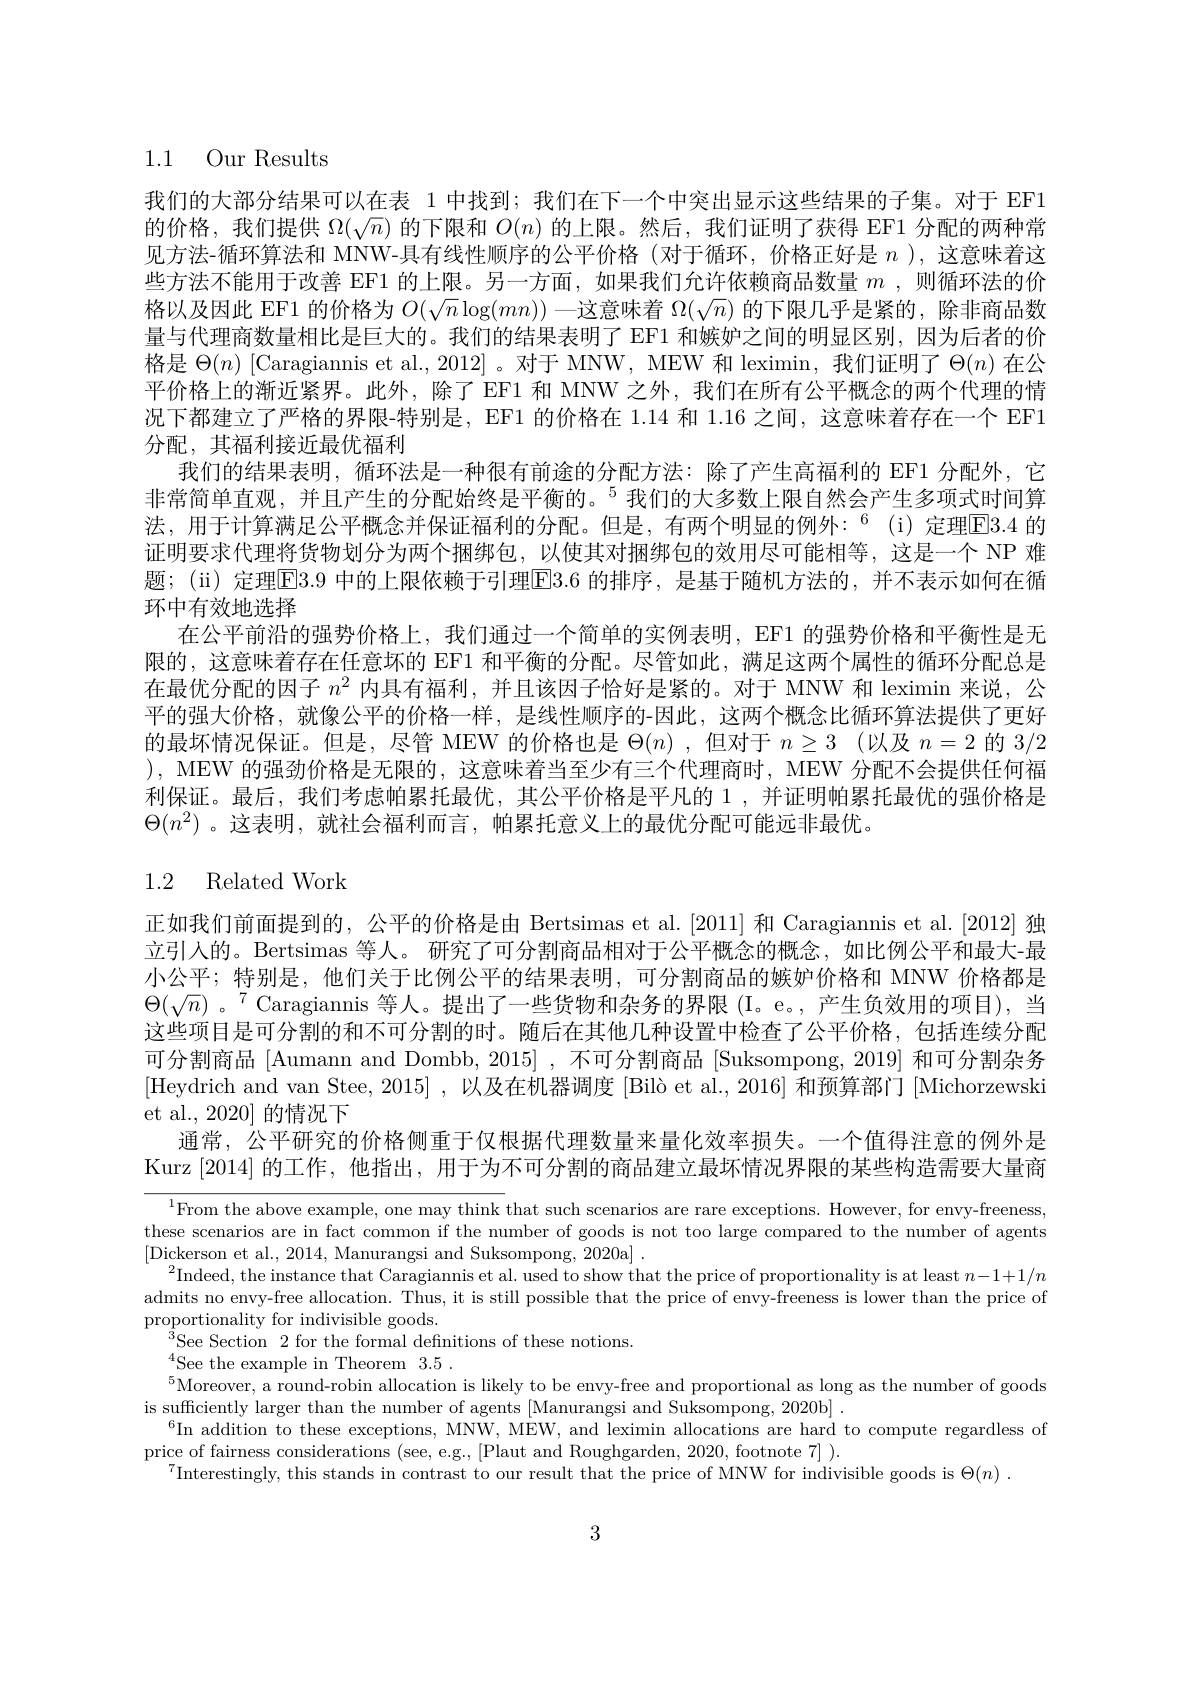
1.1 Our Results

我们的大部分结果可以在表 1 中找到；我们在下一个中突出显示这些结果的子集。对于 EF1的价格，我们提供$\Omega(\sqrt n)$的下限和$O(n)$的上限。然后，我们证明了获得 EF1 分配的两种常见方法-循环算法和 MNW-具有线性顺序的公平价格 (对于循环，价格正好是$n$ ),这意味着这些方法不能用于改善 EF1 的上限。另一方面，如果我们允许依赖商品数量$m$ , 则循环法的价格以及因此 EF1 的价格为$O(\sqrt{n}\log(mn))$一这意味着$\Omega(\sqrt{n})$的下限几乎是紧的，除非商品数量与代理商数量相比是巨大的。我们的结果表明了 EF1 和嫉妒之间的明显区别，因为后者的价格是$\Theta(n)$ [Caragiannis et al., 2012] 。对于 MNW, MEW 和 leximin, 我们证明了$\Theta(n)$在公平价格上的渐近紧界。此外，除了 EF1 和 MNW 之外，我们在所有公平概念的两个代理的情况下都建立了严格的界限-特别是，EF1 的价格在 1.14 和 1.16 之间，这意味着存在一个 EF1分配，其福利接近最优福利
我们的结果表明，循环法是一种很有前途的分配方法：除了产生高福利的 EF1 分配外，它非常简单直观，并且产生的分配始终是平衡的。$^{5}$我们的大多数上限自然会产生多项式时间算法，用于计算满足公平概念并保证福利的分配。但是，有两个明显的例外：$^{6}$(i)定理E3.4 的证明要求代理将货物划分为两个捆绑包，以使其对捆绑包的效用尽可能相等，这是一个 NP 难题；(ii)定理$\overline{\mathrm{E}}$E3.9 中的上限依赖于引理$\overline{\mathrm{E}}$3.6 的排序，是基于随机方法的，并不表示如何在循环中有效地选择
在公平前沿的强势价格上，我们通过一个简单的实例表明，EF1 的强势价格和平衡性是无限的，这意味着存在任意坏的 EF1 和平衡的分配。尽管如此，满足这两个属性的循环分配总是在最优分配的因子$n^2$内具有福利，并且该因子恰好是紧的。对于 MNW 和 leximin 来说，公平的强大价格，就像公平的价格一样，是线性顺序的-因此，这两个概念比循环算法提供了更好的最坏情况保证。但是，尽管 MEW 的价格也是$\Theta(n)$ ,但对于$n\geq3$ (以及$n=2$的3/2 ), MEW 的强劲价格是无限的，这意味着当至少有三个代理商时，MEW 分配不会提供任何福利保证。最后，我们考虑帕累托最优，其公平价格是平凡的 1 ,并证明帕累托最优的强价格是$\Theta(n^2)$ 。这表明，就社会福利而言，帕累托意义上的最优分配可能远非最优。

# 1.2 Related Work

正如我们前面提到的，公平的价格是由 Bertsimas et al.[2011] 和 Caragiannis et al.[2012] 独立引人的。Bertsimas 等人。研究了可分割商品相对于公平概念的概念，如比例公平和最大-最小公平；特别是，他们关于比例公平的结果表明，可分割商品的嫉妒价格和 MNW 价格都是$\Theta(\sqrt{n})$ 。$^{7}$Caragiannis 等人。提出了一些货物和杂务的界限 (I。e。,产生负效用的项目),当这些项目是可分割的和不可分割的时。随后在其他几种设置中检查了公平价格，包括连续分配可分割商品 [Aumann and Dombb, 2015] ,不可分割商品 [Suksompong, 2019] 和可分割杂务[Heydrich and van Stee, 2015] , 以及在机器调度 [Bilò et al., 2016] 和预算部门 [Michorzewski et al., 2020] 的情况下
通常，公平研究的价格侧重于仅根据代理数量来量化效率损失。一个值得注意的例外是Kurz [2014]的工作，他指出，用于为不可分割的商品建立最坏情况界限的某些构造需要大量商

$^{1}$From the above example, one may think that such scenarios are rare exceptions. However, for envy-freeness, these scenarios are in fact common if the number of goods is not too large compared to the number of agents $[ \operatorname* { \text{Dickerson et al. , 2014, Manurangsi and Suksompong, 2020a}} ]$ .
$^2$Indeed, the instance that Caragiannis et al. used to show that the price of proportionality is at least $n-1+1/n$ admits no envy-free allocation. Thus, it is still possible that the price of envy-freeness is lower than the price of $\underset{3\mathrm{a}}{\operatorname*{\text{proportionality for indivisible goods.}}}{\operatorname*{\text{proportionality for indivisible goods.}}}$
$^{3}$See Section2for the formal definitions of these notions.
$^{4}$See the example in Theorem3.5.
$^{5}$Moreover, a round-robin allocation is likely to be envy-free and proportional as long as the number of goods
is sufficiently larger than the number of agents [Manurangsi and Suksompong, 2020b]
$^{6}$In addition to these exceptions, MNW, MEW, and leximin allocations are hard to compute regardless of
price of fairness considerations (see, e.g., [Plaut and Roughgarden, 2020, footnote 7] ).
$^{7}$Interestingly, this stands in contrast to our result that the price of MNW for indivisible goods is $\Theta ( n)$ .

3